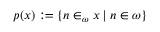
p ( x ) : = \{ n \in _ { \omega } x \mid n \in \omega \}